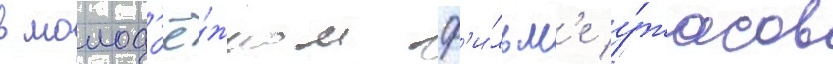
в молод'ё́жном ф'и́льм'е у́жасов